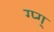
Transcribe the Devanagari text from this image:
ग्प्ग्